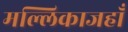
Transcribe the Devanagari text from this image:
मल्लिकाजहाँ